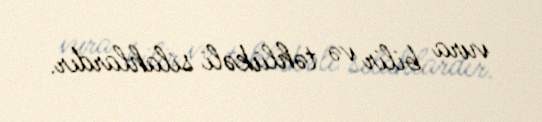
vura bilir və təhlükəli silahlardır.